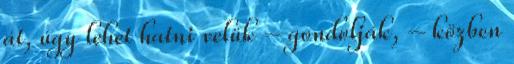
át, úgy lehet hatni velük – gondolják, – közben